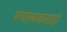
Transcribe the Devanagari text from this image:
रूपात्मकताएं